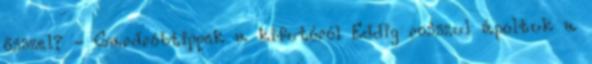
ősszel? - Gardróbtippek a kifutóról Eddig rosszul ápoltuk a